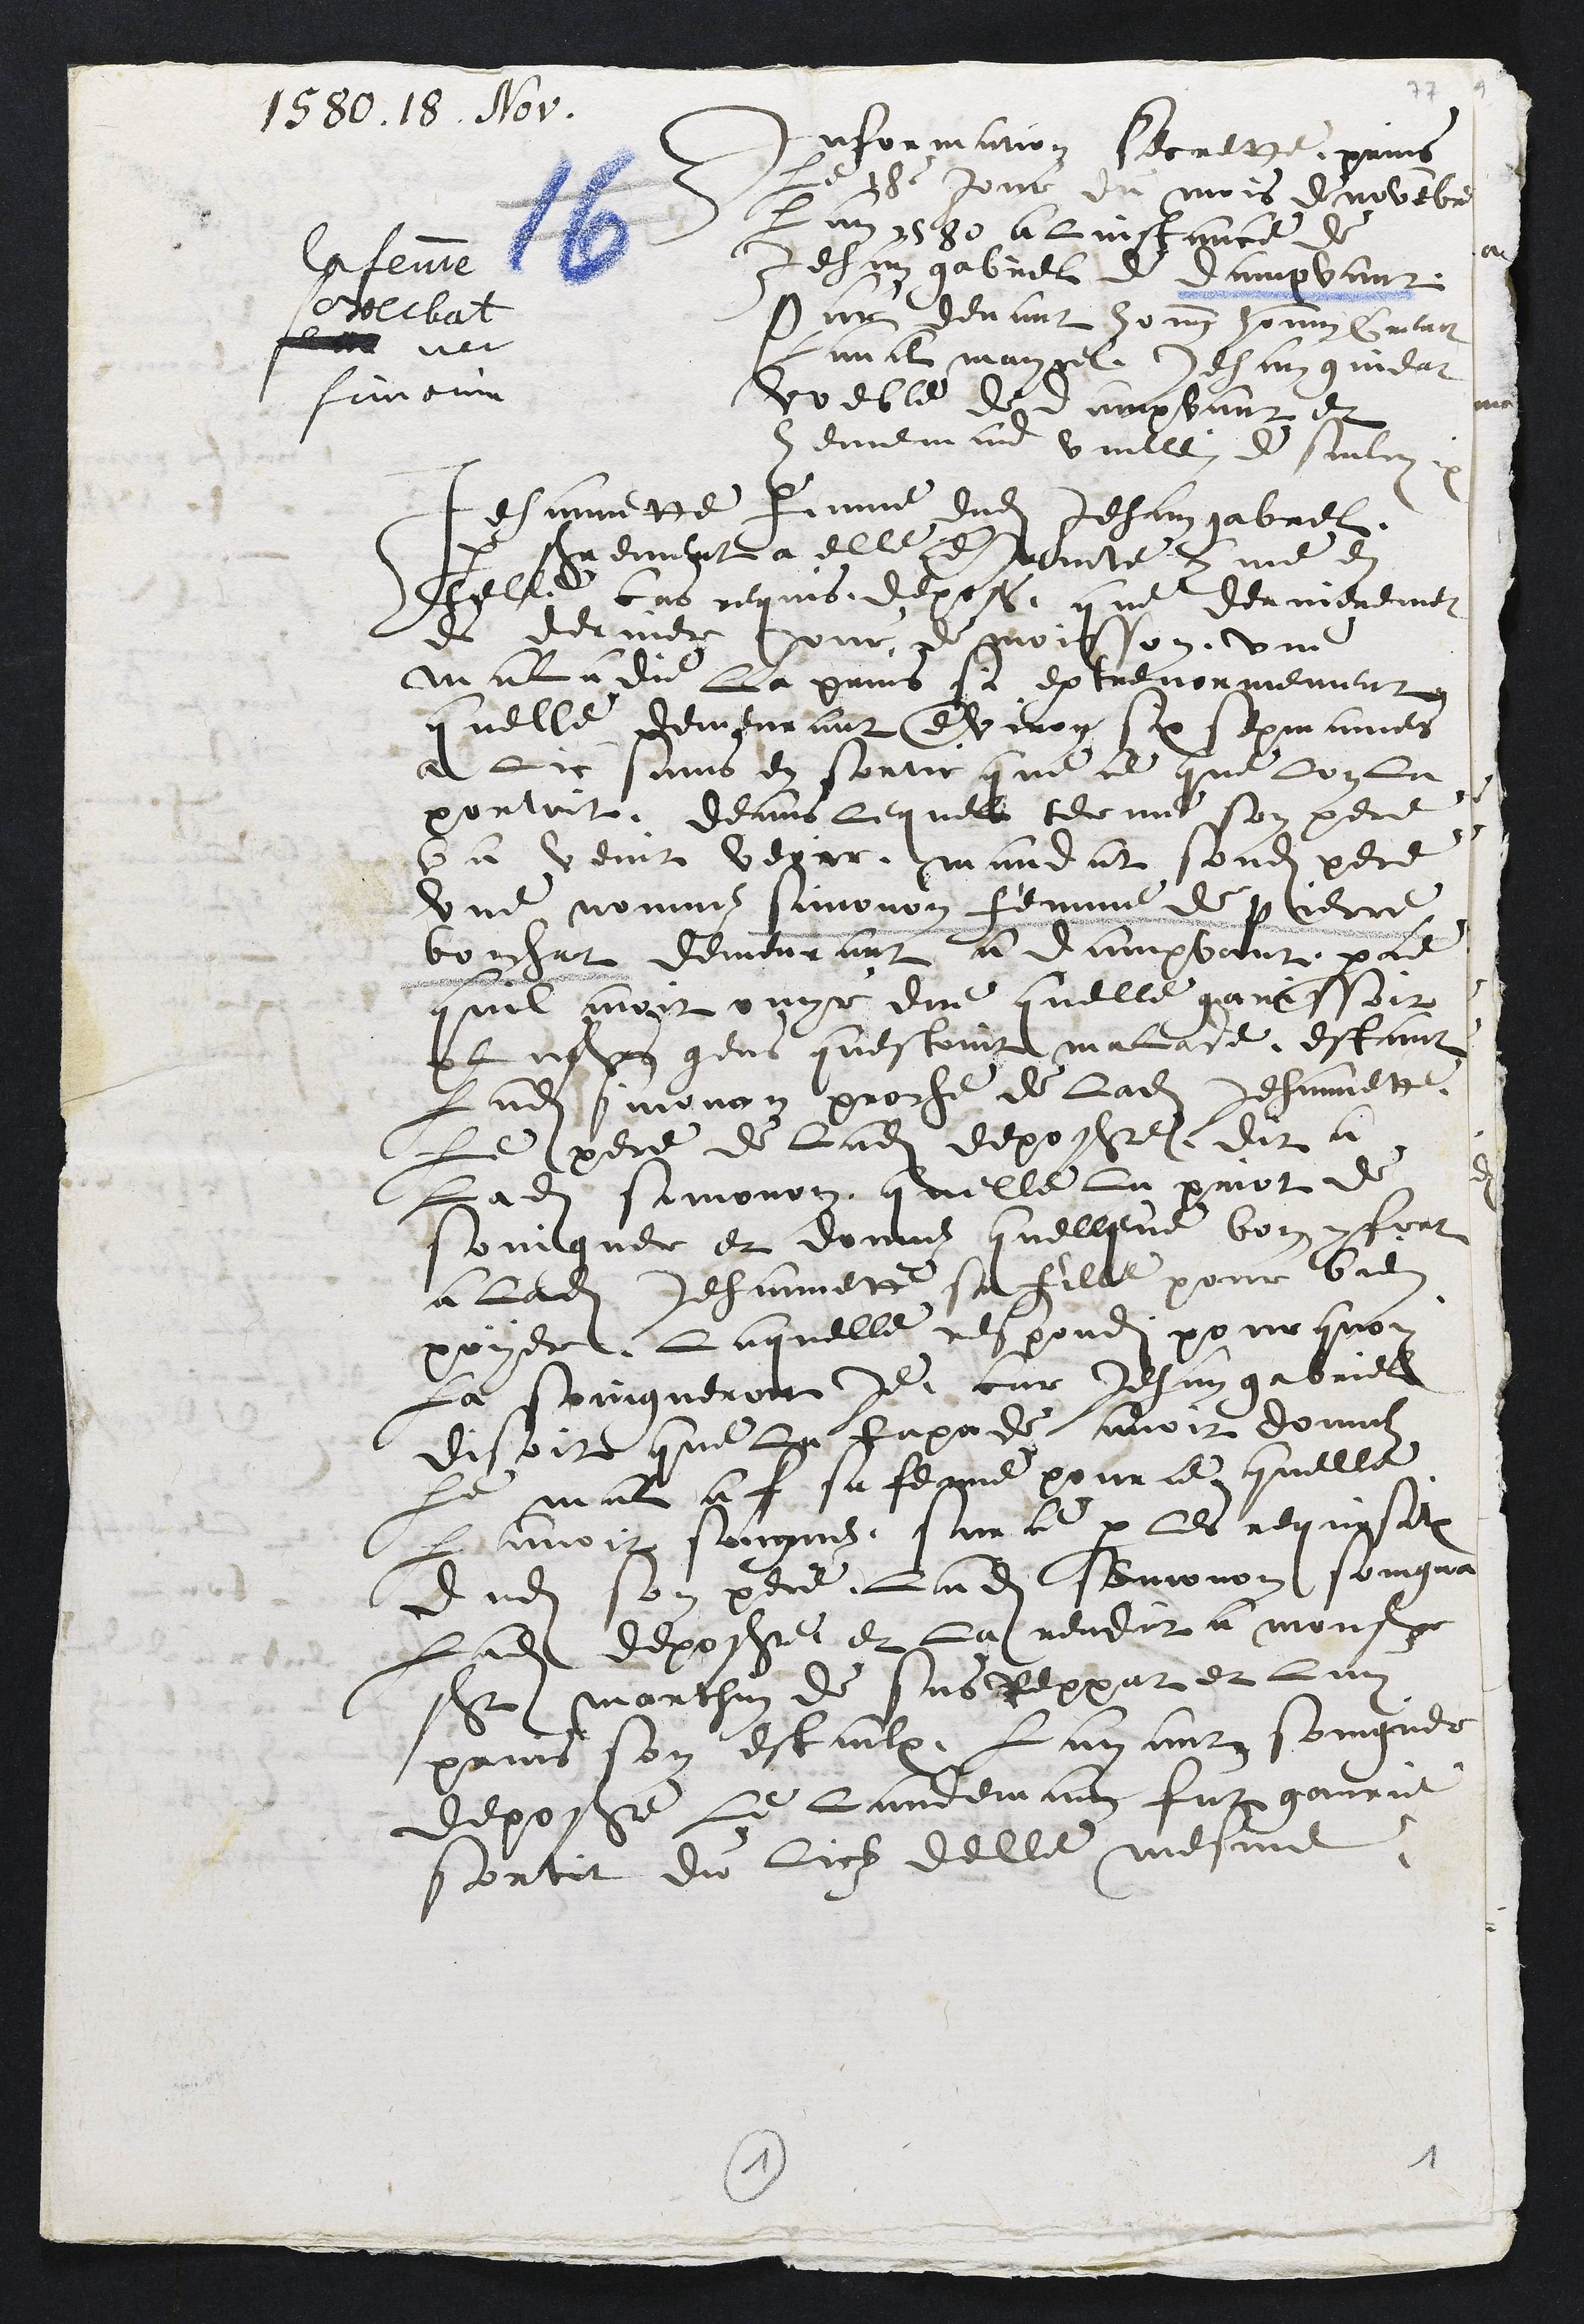
1580. 18. Nov.
la femme
Boechat
nee
Simonin
Information secrette, prins
Le 18e jour du mois de novembre
Lan 1580 a linstance de
Jehan gabriel de Dampvant
Par devant honnete homme Guillaume
Raval mayrel Jehan Gindat
voeble de dampvant et
Hennemand Vuillemin de saulcy
Jehannette femme dudit Jehan gabrel.
par serrement a elle demante comme en
telle cas requis, depose, que dernierement
es dernier Jour de moisson, une
maladie la prins si extrenormement
quelle demeurant environ six sepmaines
a lit sans en sortir que ce que lon La
portoit, deans lequel terme son pere
la venit veoir. mandat sondit pere
une nommez Simonon femme de pierre
boichat demeurant a Dampvant parce
quil avoit ouyr dire quelle garissoit
plusieurs gens questoint malade, estant
Ladite simonon proche de ladite Jehannette,
le pere de ladite deposeresse dit a
Ladite Simonon quelle la priot de
Soingner et donnez quellque bon confort
a ladite Jehannette sa fille pour bien
poyer, laquelle respondit pour quoy
La soingneroit je car Jehan Gabriel
disoit que la tapade avoit donnez
le mal a f sa femme pour ce quelle
Lavoit soignez, Sur ce par les requisitions
dudit son pere ladite Semonon soingna
ladite deposeresse et la rendit a monseigneur
St marthin de sus Reppat et Luy
prins son estaulx, Layant soingner
deposante le landemain fut garrit
sortit du lictz delle mesme,